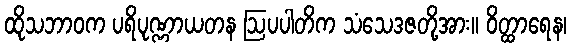
ထိုသဘာဝက ပရိပုဏ္ဏာယတန ဩပပါတိက သံသေဒဇတို့အား။ ဝိတ္ထာရေန၊